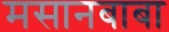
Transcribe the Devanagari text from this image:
मसानबाबा